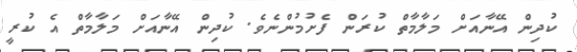
ކުދިން އޭނާއަށް މަލާމާތް ކުރަން ފެށުމުންނެވެ. ކުދިން އޭނާއަށް މަލާމާތް އެ ކުރީ